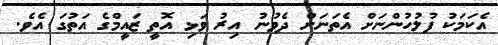
އެކަމަކު ފުލުހުންނަށް އެތަނަށް ދެވުނު އިރު ވަޅި އޮތީ ޒައީމްގެ އަތުގަ އެވެ.